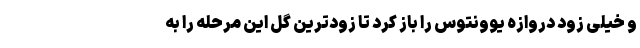
و خیلی زود دروازه یوونتوس را باز کرد تا زودترین گل این مرحله را به